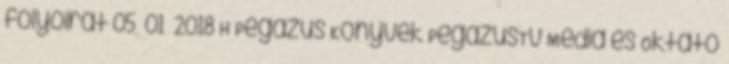
folyóirat 05 01 2018 H Pegazus Könyvek PegazusTv Média és Oktató